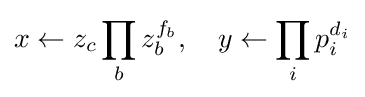
x\gets z_{c}\prod _{b}z_{b}^{f_{b}},\quad y\gets \prod _{i}p_{i}^{d_{i}}